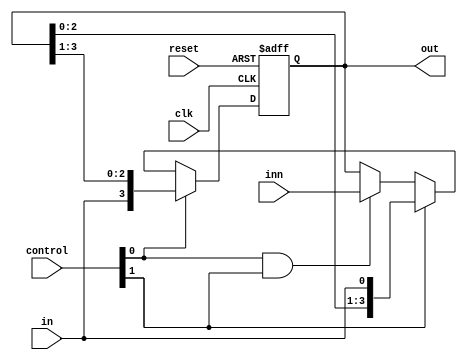
module universal_shift_register(clk,in,out,reset,control,inn);
input clk, reset,in;
input [3:0] inn;
input [1:0] control;
output [3:0] out;
reg [3:0] r_reg,r_next;
always @ (posedge clk or posedge reset)
	begin 
		if(reset)
			r_reg <=0;
		else 
			r_reg <= r_next;
	end
	always @ (*)
		begin
			if (control [0])
				r_next = {in,r_reg[3:1]};
			else if (control [1])
				r_next = {r_reg[2:0],in};
			else if (control[0]&control[1])
				r_next = inn;
			else 
				r_next=r_reg;
		end
		assign out=r_reg;
endmodule